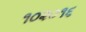
૧૦૨૦૧૬